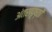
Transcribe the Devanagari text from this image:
अंतरापृष्ठों